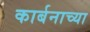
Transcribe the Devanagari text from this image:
कार्बनाच्या